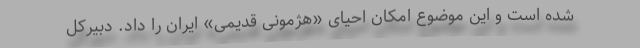
شده است و این موضوع امکان احیای «هژمونی قدیمی» ایران را داد. دبیرکل